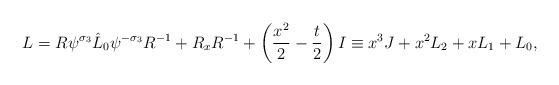
LaTeX: \begin{align*}L = R\psi^{\sigma_3}\hat{L}_0\psi^{-\sigma_3}R^{-1} + R_xR^{-1} + \left(\frac{x^2}{2} - \frac{t}{2}\right)I \equiv x^3J +x^2{ L}_2 + x{ L}_1 + { L}_0,\end{align*}